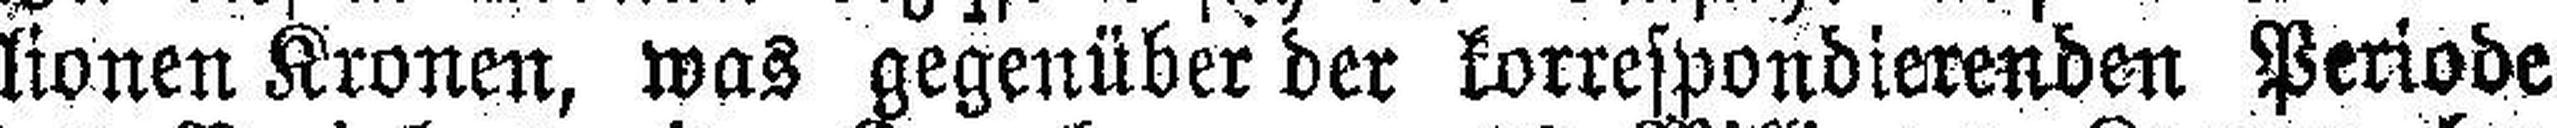
lionen Kronen, was gegenüber der korrespondierenden Periode